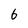
Character: 6